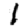
Digit: 1